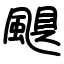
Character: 颶